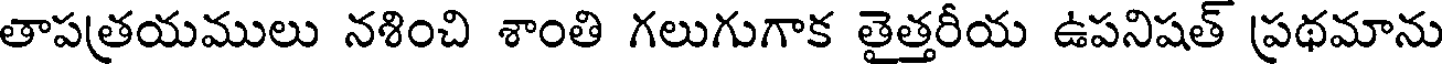
తాపత్రయములు నశించి శాంతి గలుగుగాక తైత్తరీయ ఉపనిషత్ ప్రథమాను